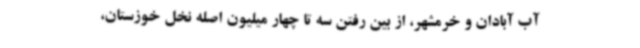
آب آبادان و خرمشهر، از بین رفتن سه تا چهار میلیون اصله نخل خوزستان،